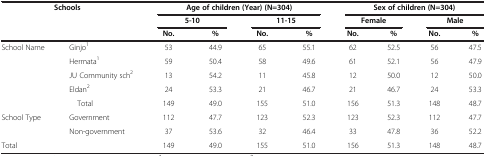
| <ROWSPAN=3-COLSPAN=2> Schools | <COLSPAN=4> Age of children (Year) (N=304) | <COLSPAN=4> Sex of children (N=304) |
 | <COLSPAN=2> 5-10 | <COLSPAN=2> 11-15 | <COLSPAN=2> Female | <COLSPAN=2> Male |
 | No. | % | No. | % | No. | % | No. | % |
 | --- | --- | --- | --- | --- | --- | --- | --- | --- | --- |
 | <ROWSPAN=5> School Name | Ginjo1 | 53 | 44.9 | 65 | 55.1 | 62 | 52.5 | 56 | 47.5 |
 | Hermata1 | 59 | 50.4 | 58 | 49.6 | 61 | 52.1 | 56 | 47.9 |
 | JU Community sch2 | 13 | 54.2 | 11 | 45.8 | 12 | 50.0 | 12 | 50.0 |
 | Eldan2 | 24 | 53.3 | 21 | 46.7 | 21 | 46.7 | 24 | 53.3 |
 | Total | 149 | 49.0 | 155 | 51.0 | 156 | 51.3 | 148 | 48.7 |
 | <ROWSPAN=2> School Type | Government | 112 | 47.7 | 123 | 52.3 | 123 | 52.3 | 112 | 47.7 |
 | Non-government | 37 | 53.6 | 32 | 46.4 | 33 | 47.8 | 36 | 52.2 |
 | <COLSPAN=2> Total | 149 | 49.0 | 155 | 51.0 | 156 | 51.3 | 148 | 48.7 |